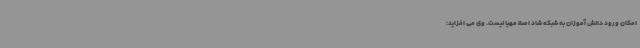
امکان ورود دانش آموزان به شبکه شاد اصلا مهیا نیست. وی می افزاید: